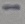
Text: -